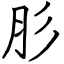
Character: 肜